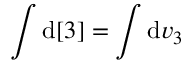
\int \mathrm { d } [ 3 ] = \int \mathrm { d } \boldsymbol { v } _ { 3 }